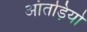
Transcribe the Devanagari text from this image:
आंतड़ियो